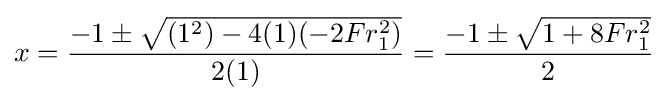
x={\frac {-1\pm {\sqrt {(1^{2})-4(1)(-2Fr_{1}^{2})}}}{2(1)}}={\frac {-1\pm {\sqrt {1+8Fr_{1}^{2}}}}{2}}